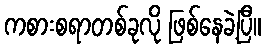
ကစားစရာတစ်ခုလို ဖြစ်နေခဲ့ပြီ။